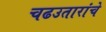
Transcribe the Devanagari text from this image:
चढउतारांचे